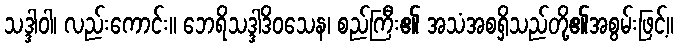
သဒ္ဒါဝါ၊ လည်းကောင်း။ ဘေရိသဒ္ဒါဒိဝသေန၊ စည်ကြီး၏ အသံအစရှိသည်တို့၏အစွမ်းဖြင့်။